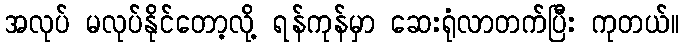
အလုပ် မလုပ်နိုင်တော့လို့ ရန်ကုန်မှာ ဆေးရုံလာတက်ပြီး ကုတယ်။